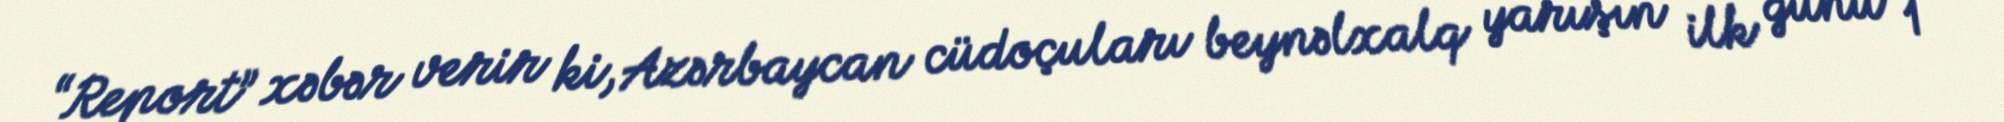
“Report” xəbər verir ki, Azərbaycan cüdoçuları beynəlxalq yarışın ilk günü 1